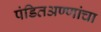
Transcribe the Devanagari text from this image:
पंडितअण्णांचा